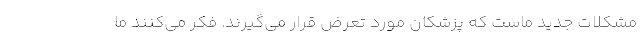
مشکلات جدید ماست که پزشکان مورد تعرض قرار می‌گیرند. فکر می‌کنند ما